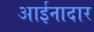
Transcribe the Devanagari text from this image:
आईनादार